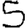
Digit: 5